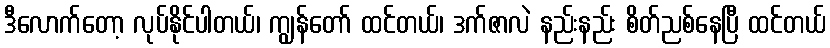
ဒီလောက်တော့ လုပ်နိုင်ပါတယ်၊ ကျွန်တော် ထင်တယ်၊ ဒက်ဇာလဲ နည်းနည်း စိတ်ညစ်နေပြီ ထင်တယ်